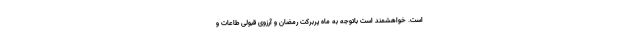
است. خواهشمند است باتوجه به ماه پربرکت رمضان و آرزوی قبولی طاعات و